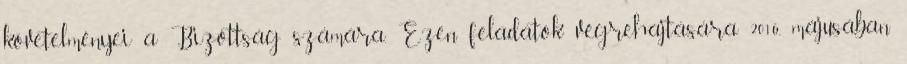
követelményei a Bizottság számára. Ezen feladatok végrehajtására 2016. májusában